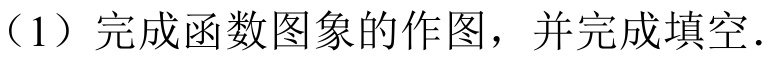
（1）完成函数图象的作图，并完成填空.